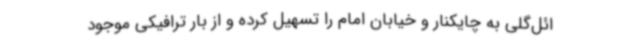
ائل‌گلی به چایکنار و خیابان امام را تسهیل کرده و از بار ترافیکی موجود